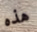
هذه